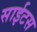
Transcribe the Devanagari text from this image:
साईटस